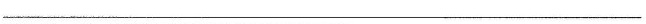
___